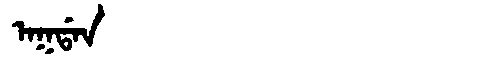
Manchu: ᠠᡴᡩᠠᠨ
Romanization: AKDAN